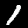
Label: 1